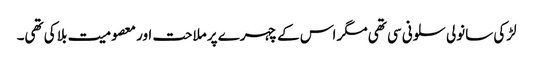
لڑکی سانولی سلونی سی تھی مگر اس کے چہرے پر ملاحت اور معصومیت بلا کی تھی۔